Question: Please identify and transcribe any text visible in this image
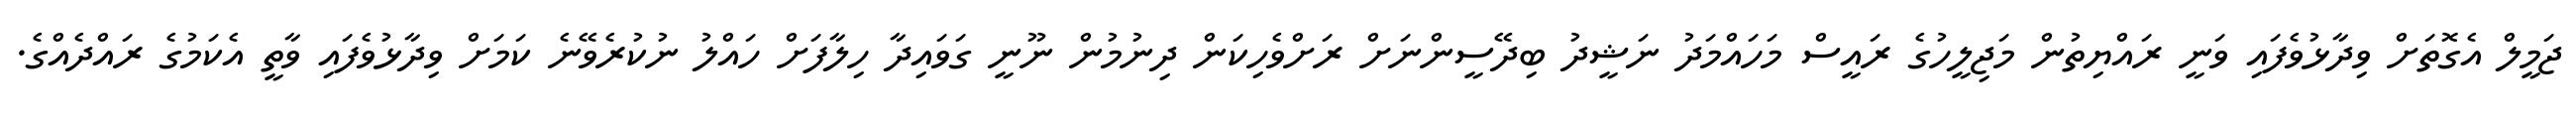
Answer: ޖަމީލް އެގޮތަށް ވިދާޅުވެފައި ވަނީ ރައްޔިތުން މަޖިލީހުގެ ރައީސް މަހައްމަދު ނަޝީދު ބިދޭސީންނަށް ރަށްވެހިކަން ދިނުމުން ނޫނީ ގަވައިދާ ހިލާފަށް ހައްލު ނުކުރެވޭނެ ކަމަށް ވިދާޅުވެފައި ވާތީ އެކަމުގެ ރައްދެއްގެ.